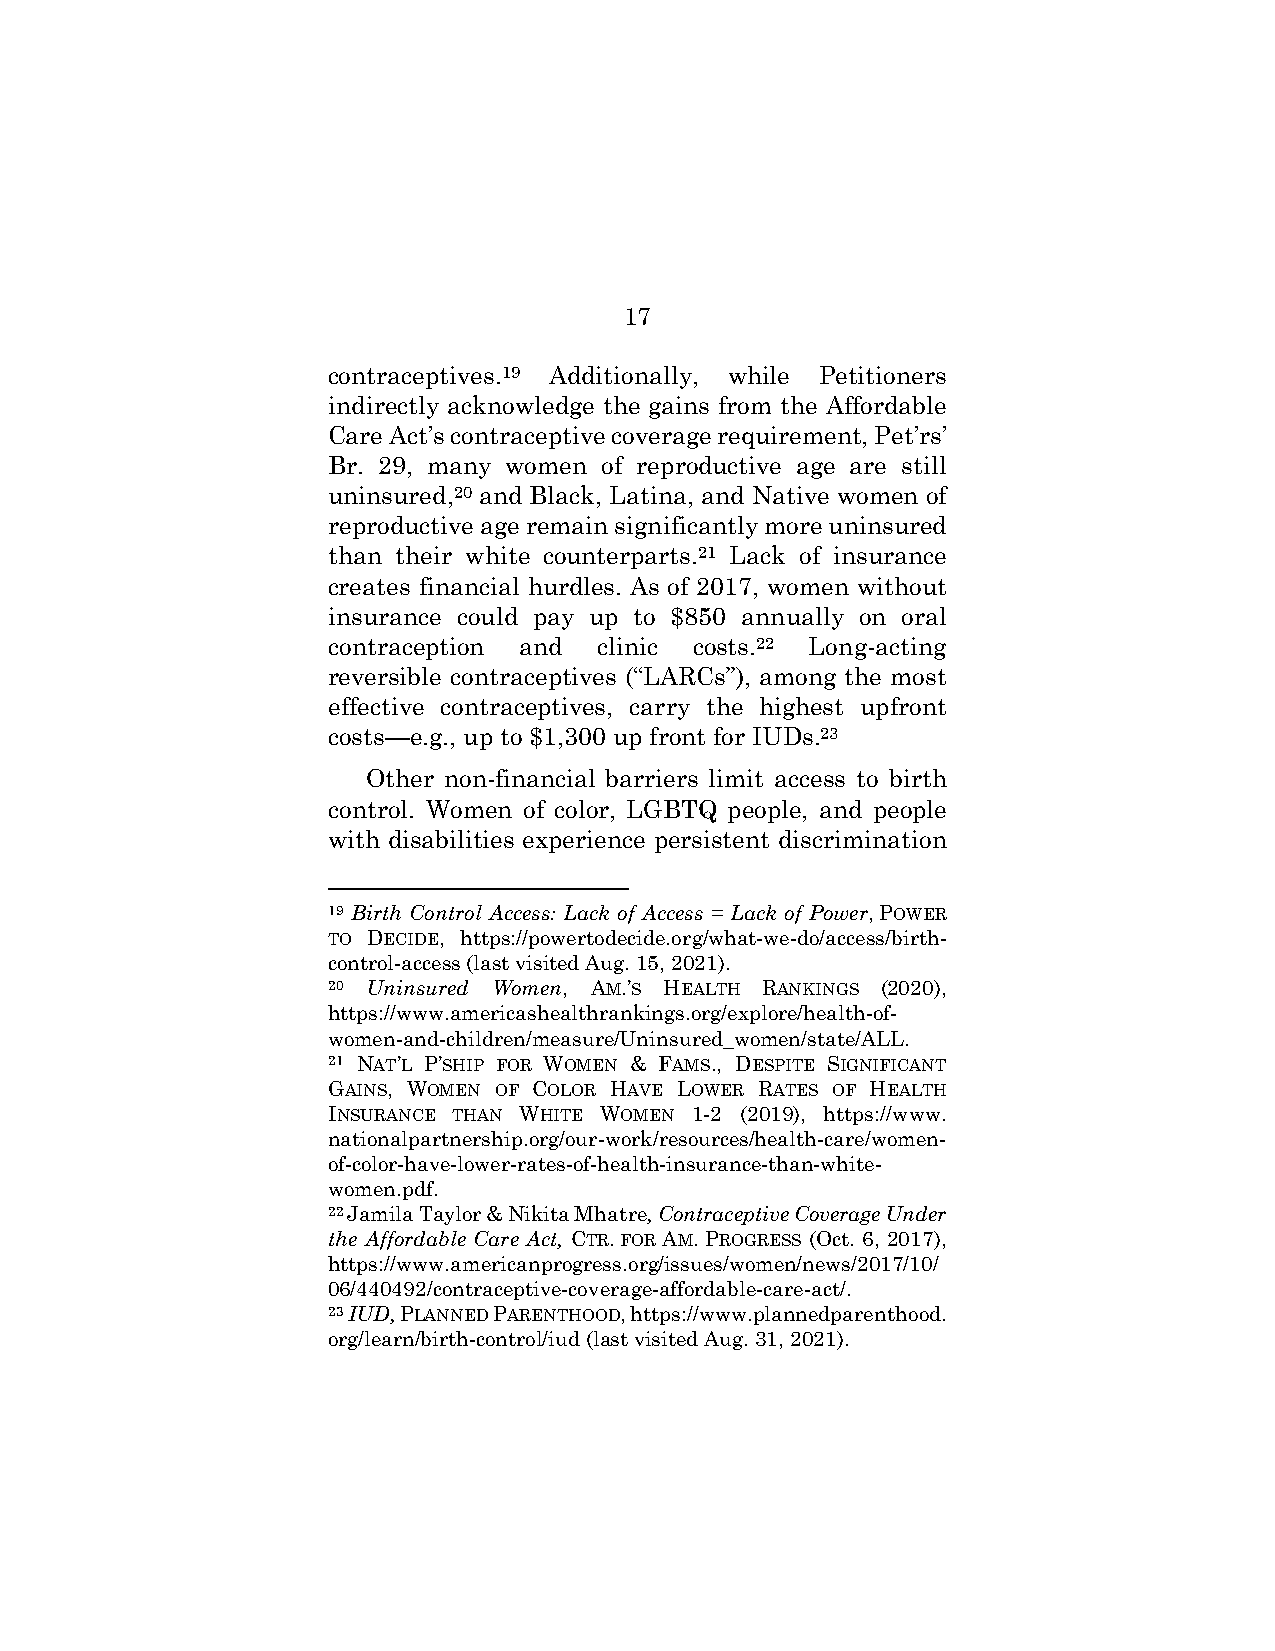
17
 contraceptives.19 Additionally, while Petitioners
 indirectly acknowledge the gains from the Affordable
 Care Act’s contraceptive coverage requirement, Pet’rs’
 Br. 29, many women of reproductive age are still
 uninsured,20 and Black, Latina, and Native women of
 reproductive age remain significantly more uninsured
 than their white counterparts.21 Lack of insurance
 creates financial hurdles. As of 2017, women without
 insurance could pay up to $850 annually on oral
 contraception and clinic costs.22 Long-acting
 reversible contraceptives (“LARCs”), among the most
 effective contraceptives, carry the highest upfront
 costs—e.g., up to $1,300 up front for IUDs.23
 Other non-financial barriers limit access to birth
 control. Women of color, LGBTQ people, and people
 with disabilities experience persistent discrimination
 19 Birth Control Access: Lack of Access = Lack of Power, POWER
 TO DECIDE, https://powertodecide.org/what-we-do/access/birth-
 control-access (last visited Aug. 15, 2021).
 20 Uninsured Women, AM.’S HEALTH RANKINGS (2020),
 https://www.americashealthrankings.org/explore/health-of-
 women-and-children/measure/Uninsured_women/state/ALL.
 21 NAT’L P’SHIP FOR WOMEN & FAMS., DESPITE SIGNIFICANT
 GAINS, WOMEN OF COLOR HAVE LOWER RATES OF HEALTH
 INSURANCE THAN WHITE WOMEN 1-2 (2019), https://www.
 nationalpartnership.org/our-work/resources/health-care/women-
 of-color-have-lower-rates-of-health-insurance-than-white-
 women.pdf.
 22 Jamila Taylor & Nikita Mhatre, Contraceptive Coverage Under
 the Affordable Care Act, CTR. FOR AM. PROGRESS (Oct. 6, 2017),
 https://www.americanprogress.org/issues/women/news/2017/10/
 06/440492/contraceptive-coverage-affordable-care-act/.
 23 IUD, PLANNED PARENTHOOD, https://www.plannedparenthood.
 org/learn/birth-control/iud (last visited Aug. 31, 2021).